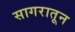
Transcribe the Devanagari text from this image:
सागरातून